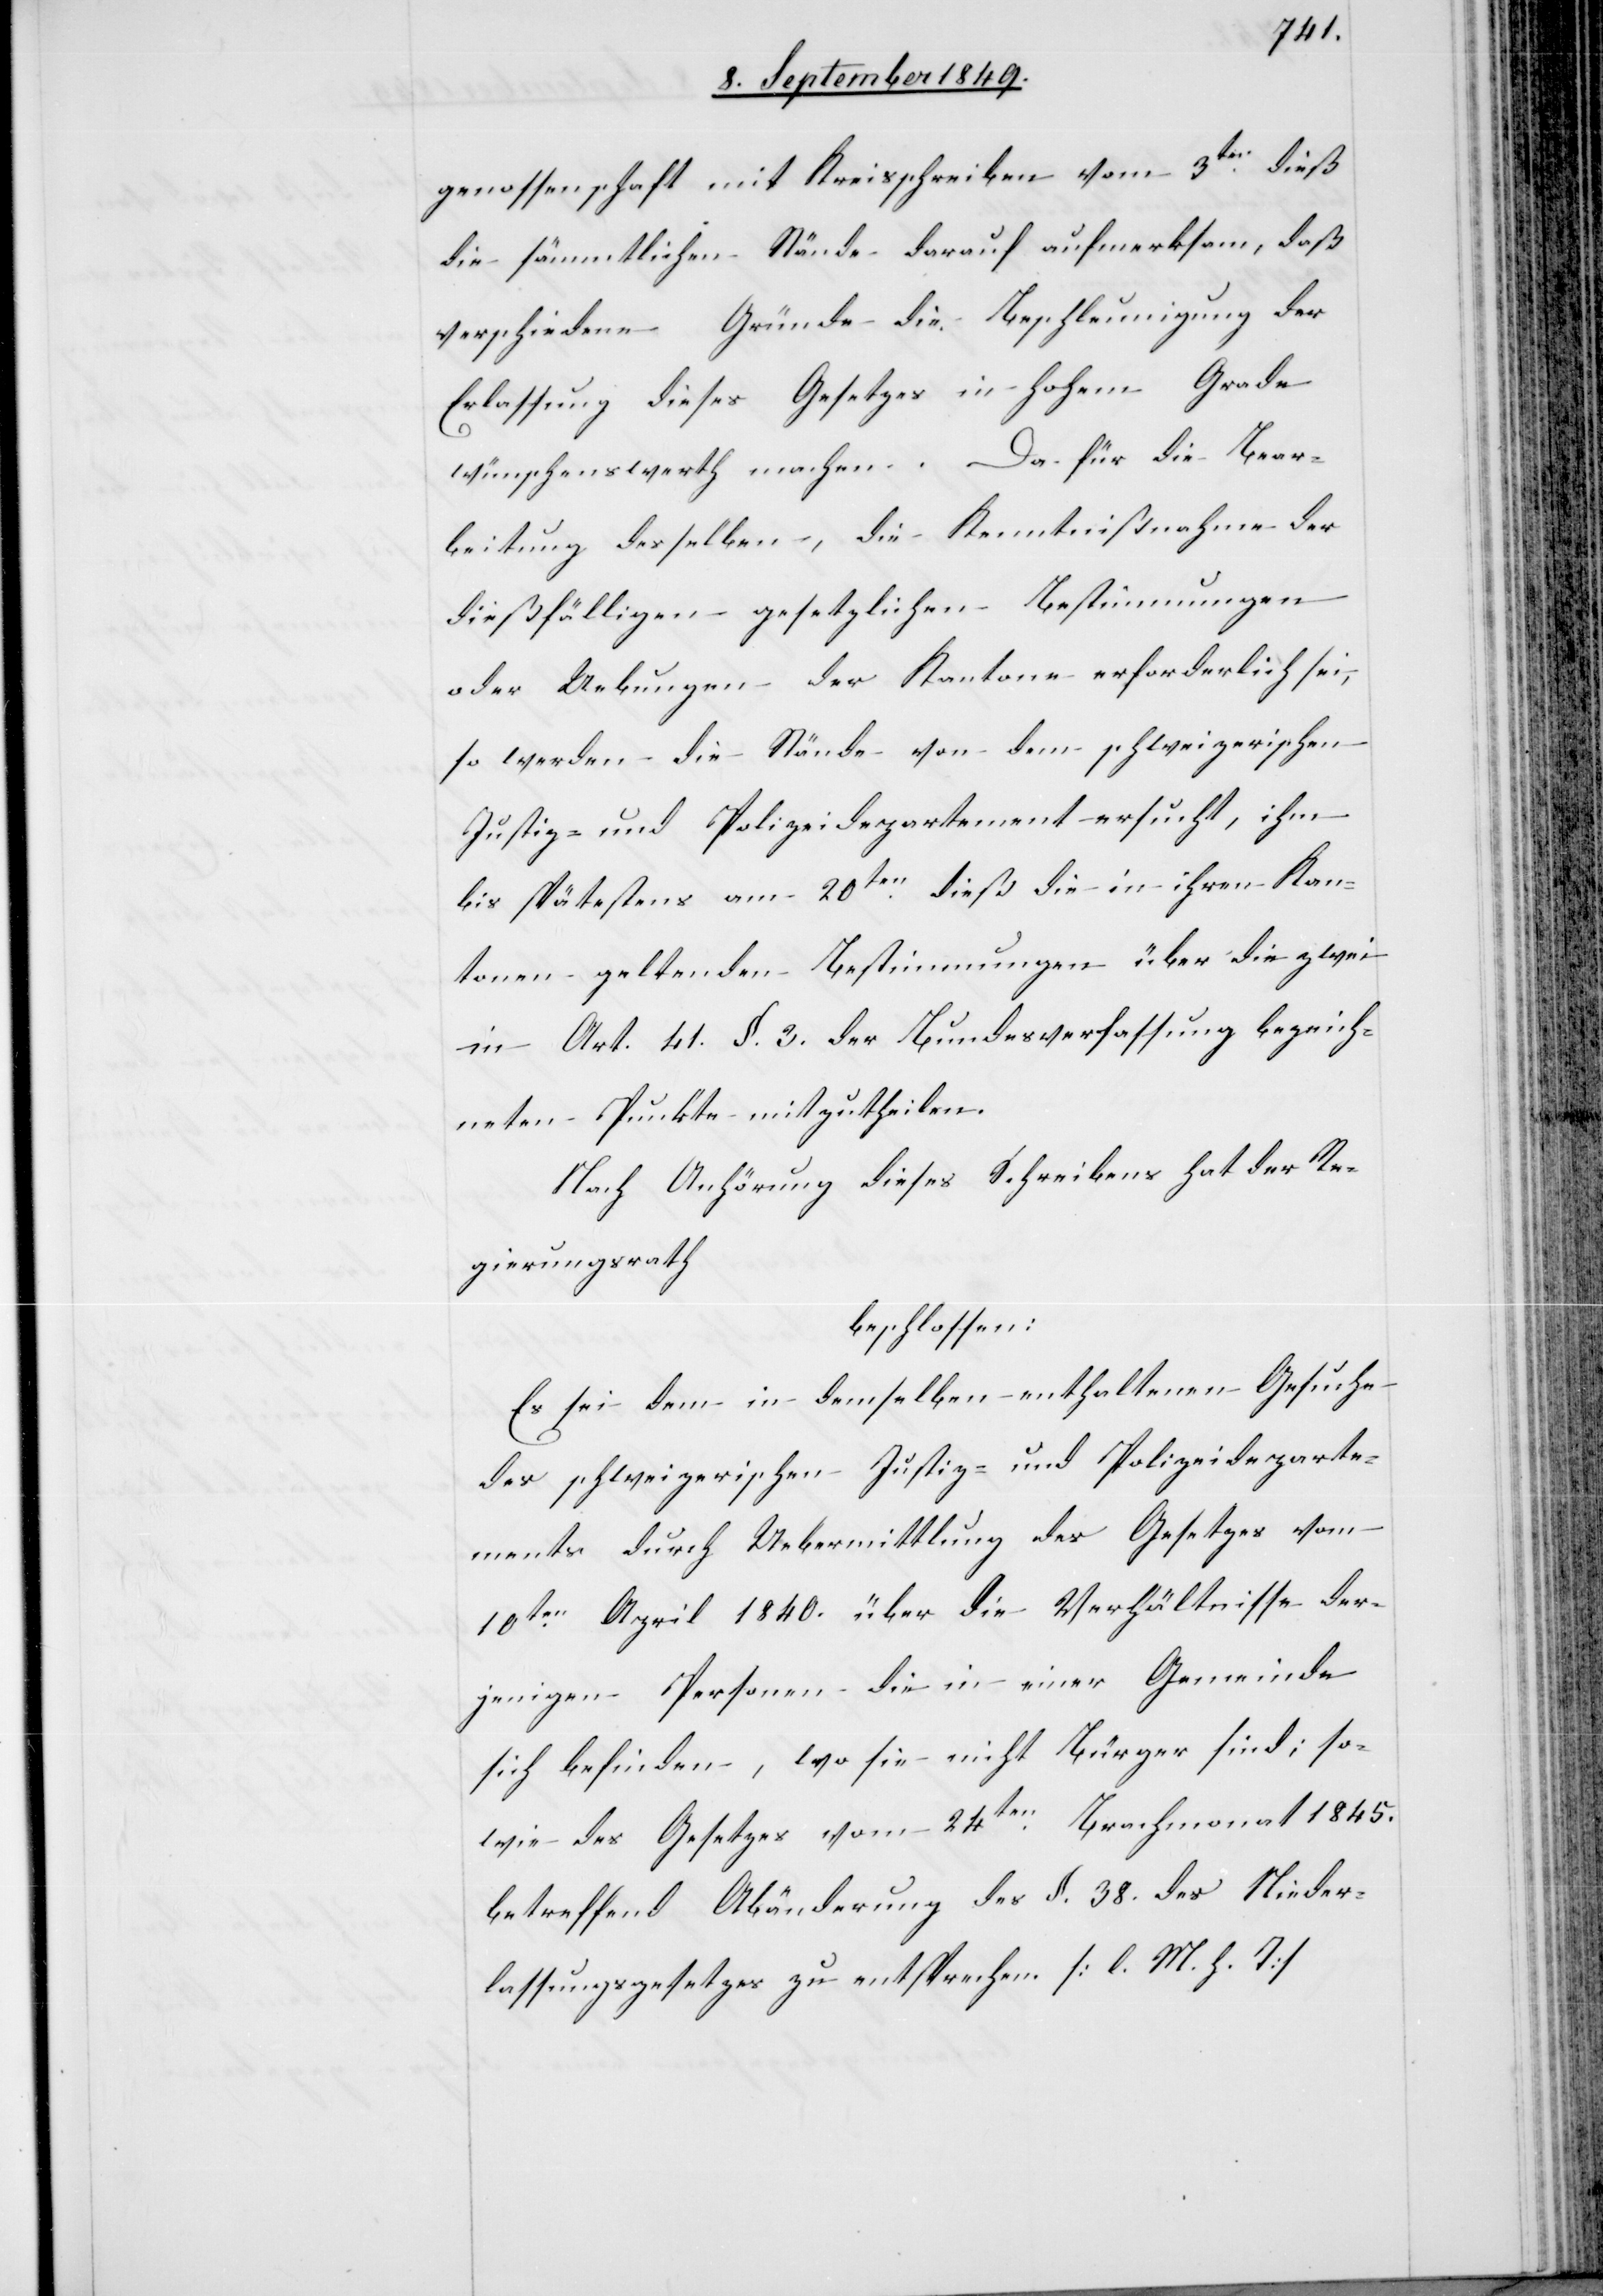
genossenschaft mit Kreisschreiben vom 3ten dieß
die sämmtlichen Stände darauf aufmerksam, daß
verschiedene Gründe die Beschleunigung der
Erlassung dieses Gesetzes in hohem Grade
wünschenswerth machen. Da für die Bear¬
beitung desselben, die Kenntnißnahme der
dießfälligen gesetzlichen Bestimmungen
oder Uebungen der Kantone erforderlich sei,
so werden die Stände von dem schweizerischen
Justiz- und Polizeidepartement ersucht, ihm
bis spätestens am 20ten dieß die in ihren Kan¬
tonen geltenden Bestimmungen über die zwei
in Art. 41. §. 3. der Bundesverfassung bezeich¬
neten Punkte mitzutheilen.
Nach Anhörung dieses Schreibens hat der Re¬
gierungsrath
beschlossen:
Es sei dem in demselben enthaltenen Gesuche
des schweizerischen Justiz- und Polizeideparte¬
ments durch Uebermittlung des Gesetzes vom
10ten April 1840. über die Verhältnisse der¬
jenigen Personen die in einer Gemeinde
sich befinden, wo sie nicht Bürger sind; so¬
wie des Gesetzes vom 24ten Brachmonat 1845.
betreffend Abänderung des §. 38. des Nieder¬
lassungsgesetzes zu entsprechen. [l. M. h. T]